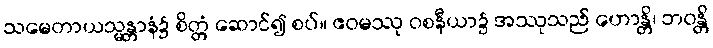
သမေတာယသ္မန္တာနံ၌ စိတ္တံ ဆောင်၍ စပ်။ ဧဝမဿု ဝစနီယာ၌ အဿုသည် ဟောန္တိ၊ ဘဝန္တိ